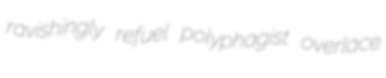
ravishingly refuel polyphagist overlace